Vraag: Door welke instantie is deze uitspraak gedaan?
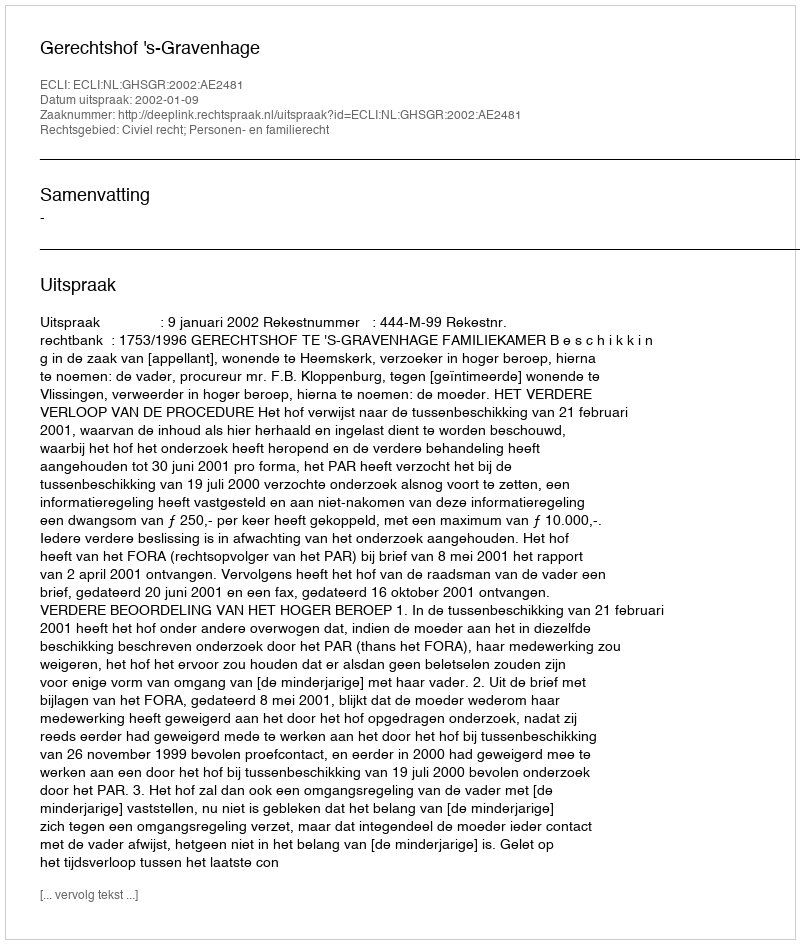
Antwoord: Gerechtshof 's-Gravenhage